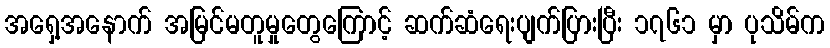
အရှေ့အနောက် အမြင်မတူမှုတွေကြောင့် ဆက်ဆံရေးပျက်ပြားပြီး ၁၇၆၁ မှာ ပုသိမ်က